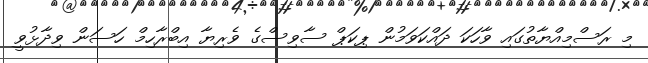
މި ރަސްމިއްޔާތުގައި ވާހަކަ ދައްކަވަމުން ޕިކަޕް ސާވިސްގެ ވެރިޔާ އިބްރާހިމް ހަސަން ވިދާޅުވީ